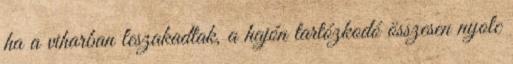
ha a viharban leszakadtak, a hajón tartózkodó összesen nyolc